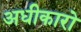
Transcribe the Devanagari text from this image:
अधीकारो